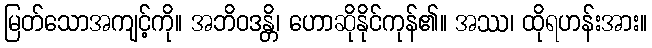
မြတ်သောအကျင့်ကို။ အဘိဝဒန္တိ၊ ဟောဆိုနိုင်ကုန်၏။ အဿ၊ ထိုရဟန်းအား။